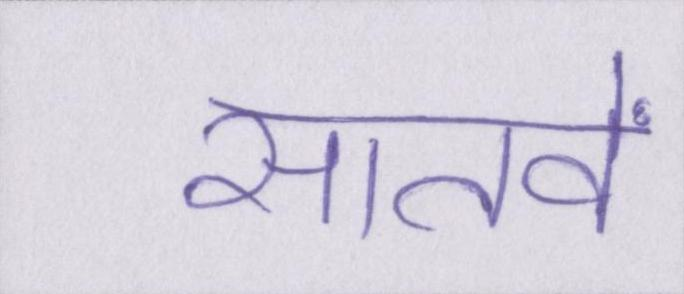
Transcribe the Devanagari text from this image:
सातवें